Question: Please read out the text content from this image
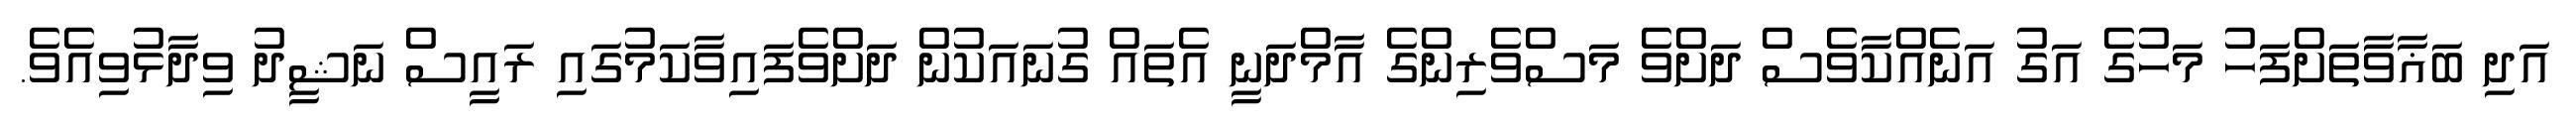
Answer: އަދި ބަޣާވާތަށްފަހު މަހުގެ އަގު އަނެއްކާވެސް ދަށްވެ މަސްވެރިންގެ އާމްދަނީ އެތައް ގުނައަކުން ދަށްވެފައިވާކަމުގައި ރައީސް ނަޝީދު ވިދާޅުވިއެވެ.